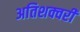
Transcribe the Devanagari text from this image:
अतिशक्वरी